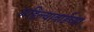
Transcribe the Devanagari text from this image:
अहिल्याबाईच्या